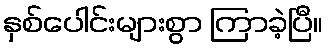
နှစ်ပေါင်းများစွာ ကြာခဲ့ပြီ။